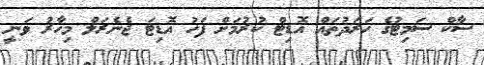
ސާކް ސަމިޓުގެ ހަރަދުތައް އޮޑިޓް ކުރުމަށް ފަހު އޮޑިޓަ ޖެެނެރަލް މިހާރު ވަނީ